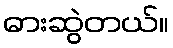
ဓားဆွဲတယ်။